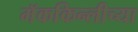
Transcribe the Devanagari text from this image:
मॅककिन्लीच्या